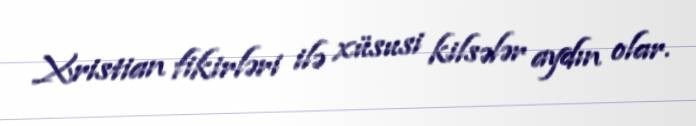
Xristian fikirləri ilə xüsusi kilsələr aydın olar.